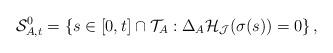
LaTeX: \begin{align*} \mathcal{S}^0_{A,t}=\left\{s \in [0,t] \cap\mathcal{T}_A : \Delta_A \mathcal{H}_{\mathcal{J}}(\sigma(s))= 0 \right\},\end{align*}